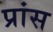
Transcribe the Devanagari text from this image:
प्रांस